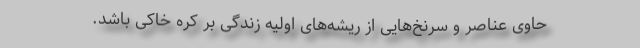
حاوی عناصر و سرنخ‌هایی از ریشه‌های اولیه زندگی بر کره خاکی باشد.